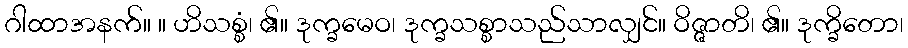
ဂါထာအနက်။ ။ ဟိသစ္စံ၊ ၏။ ဒုက္ခမေဝ၊ ဒုက္ခသစ္စာသည်သာလျှင်။ ဝိဇ္ဇာတိ၊ ၏။ ဒုက္ခိတော၊